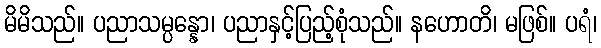
မိမိသည်။ ပညာသမ္ပန္နော၊ ပညာနှင့်ပြည့်စုံသည်။ နဟောတိ၊ မဖြစ်။ ပရံ၊